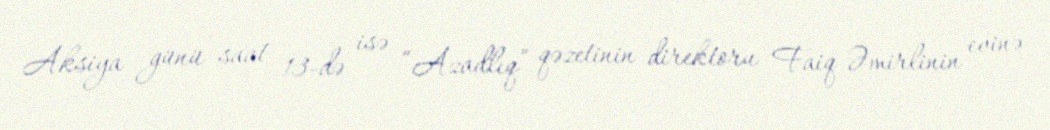
Aksiya günü saat 13-də isə “Azadlıq” qəzetinin direktoru Faiq Əmirlinin evinə